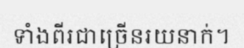
ទាំងពីរជាច្រើនរយនាក់។